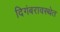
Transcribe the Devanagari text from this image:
दिगंबरावस्थेत